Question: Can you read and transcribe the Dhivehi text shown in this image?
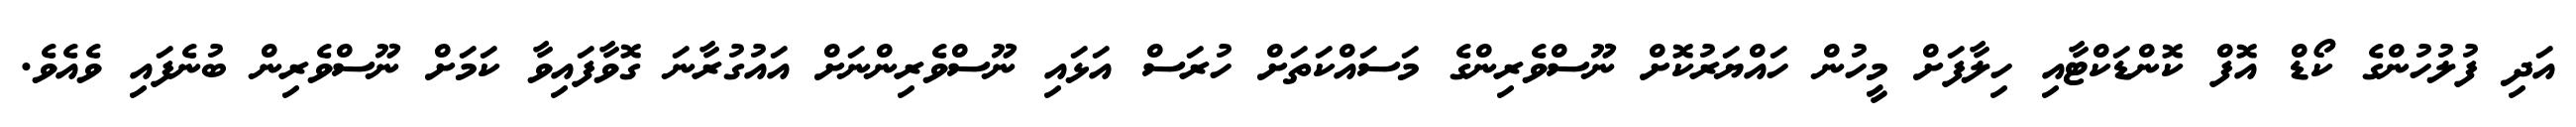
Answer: އަދި ފުލުހުންގެ ކޯޑް އޮފް ކޮންޑަކްޓާއި ހިލާފަށް މީހުން ހައްޔަރުކޮށް ނޫސްވެރިންގެ މަސައްކަތަށް ހުރަސް އަޅައި ނޫސްވެރިންނަށް އައުގުރާނަ ގޮވާފައިވާ ކަމަށް ނޫސްވެރިން ބުނެފައި ވެއެވެ.